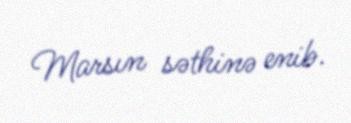
Marsın səthinə enib.